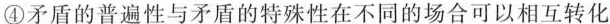
④矛盾的普遍性与矛盾的特殊性在不同的场合可以相互转化